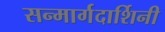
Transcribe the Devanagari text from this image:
सन्मार्गदार्शिनी